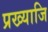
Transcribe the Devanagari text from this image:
प्रख्याजि